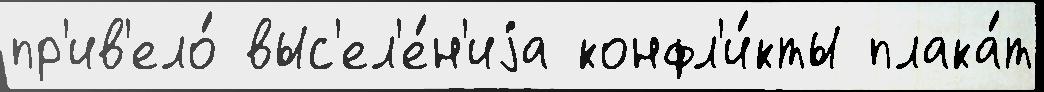
пр'ив'ело́ выс'ел'е́н'иjа конфл'и́кты плака́т